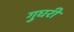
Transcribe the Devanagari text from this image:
गुघरी